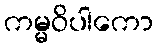
ကမ္မဝိပါကော